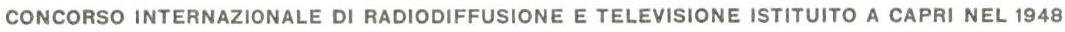
CONCORSO INTERNAZIONALE DI RADIODIFFUSIONE E TELEVISIONE ISTITUITO A CAPRI NEL 1948